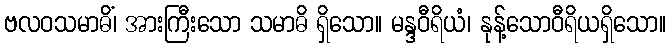
ဗလဝသမာဓိံ၊ အားကြီးသော သမာဓိ ရှိသော။ မန္ဒဝီရိယံ၊ နုန့်သောဝီရိယရှိသော။